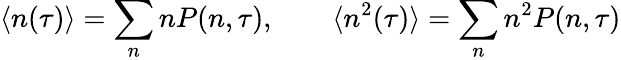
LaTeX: \langle n(\tau)\rangle=\sum_{n}nP(n,\tau),\qquad\langle n^{2}(\tau)\rangle=\sum_{n}n^{2}P(n,\tau)